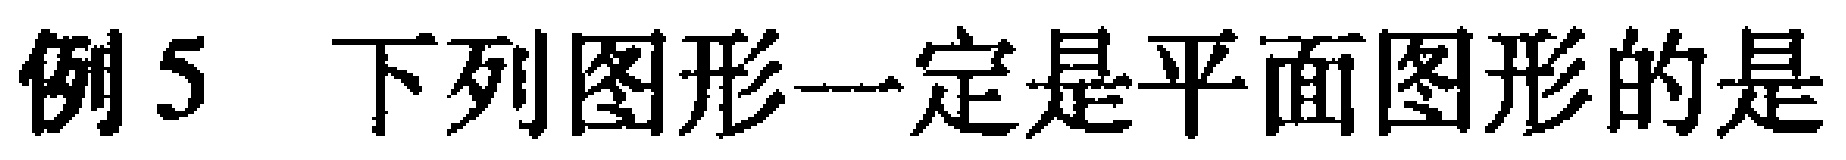
例5 下列图形一定是平面图形的是